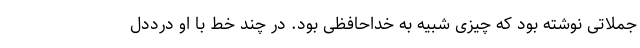
جملاتی نوشته بود که چیزی شبیه به خداحافظی بود. در چند خط با او درددل